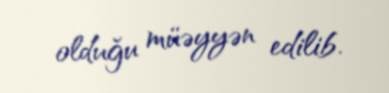
olduğu müəyyən edilib.